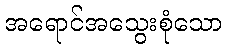
အရောင်အသွေးစုံသော